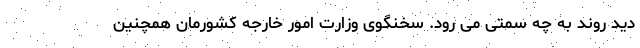
دید روند به چه سمتی می رود. سخنگوی وزارت امور خارجه کشورمان همچنین